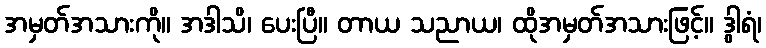
အမှတ်အသားကို။ အဒါသိ၊ ပေးပြီ။ တာယ သညာယ၊ ထိုအမှတ်အသားဖြင့်။ ဒွါရံ၊